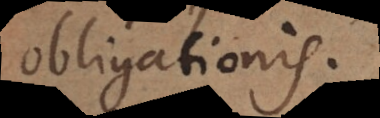
obligationis.